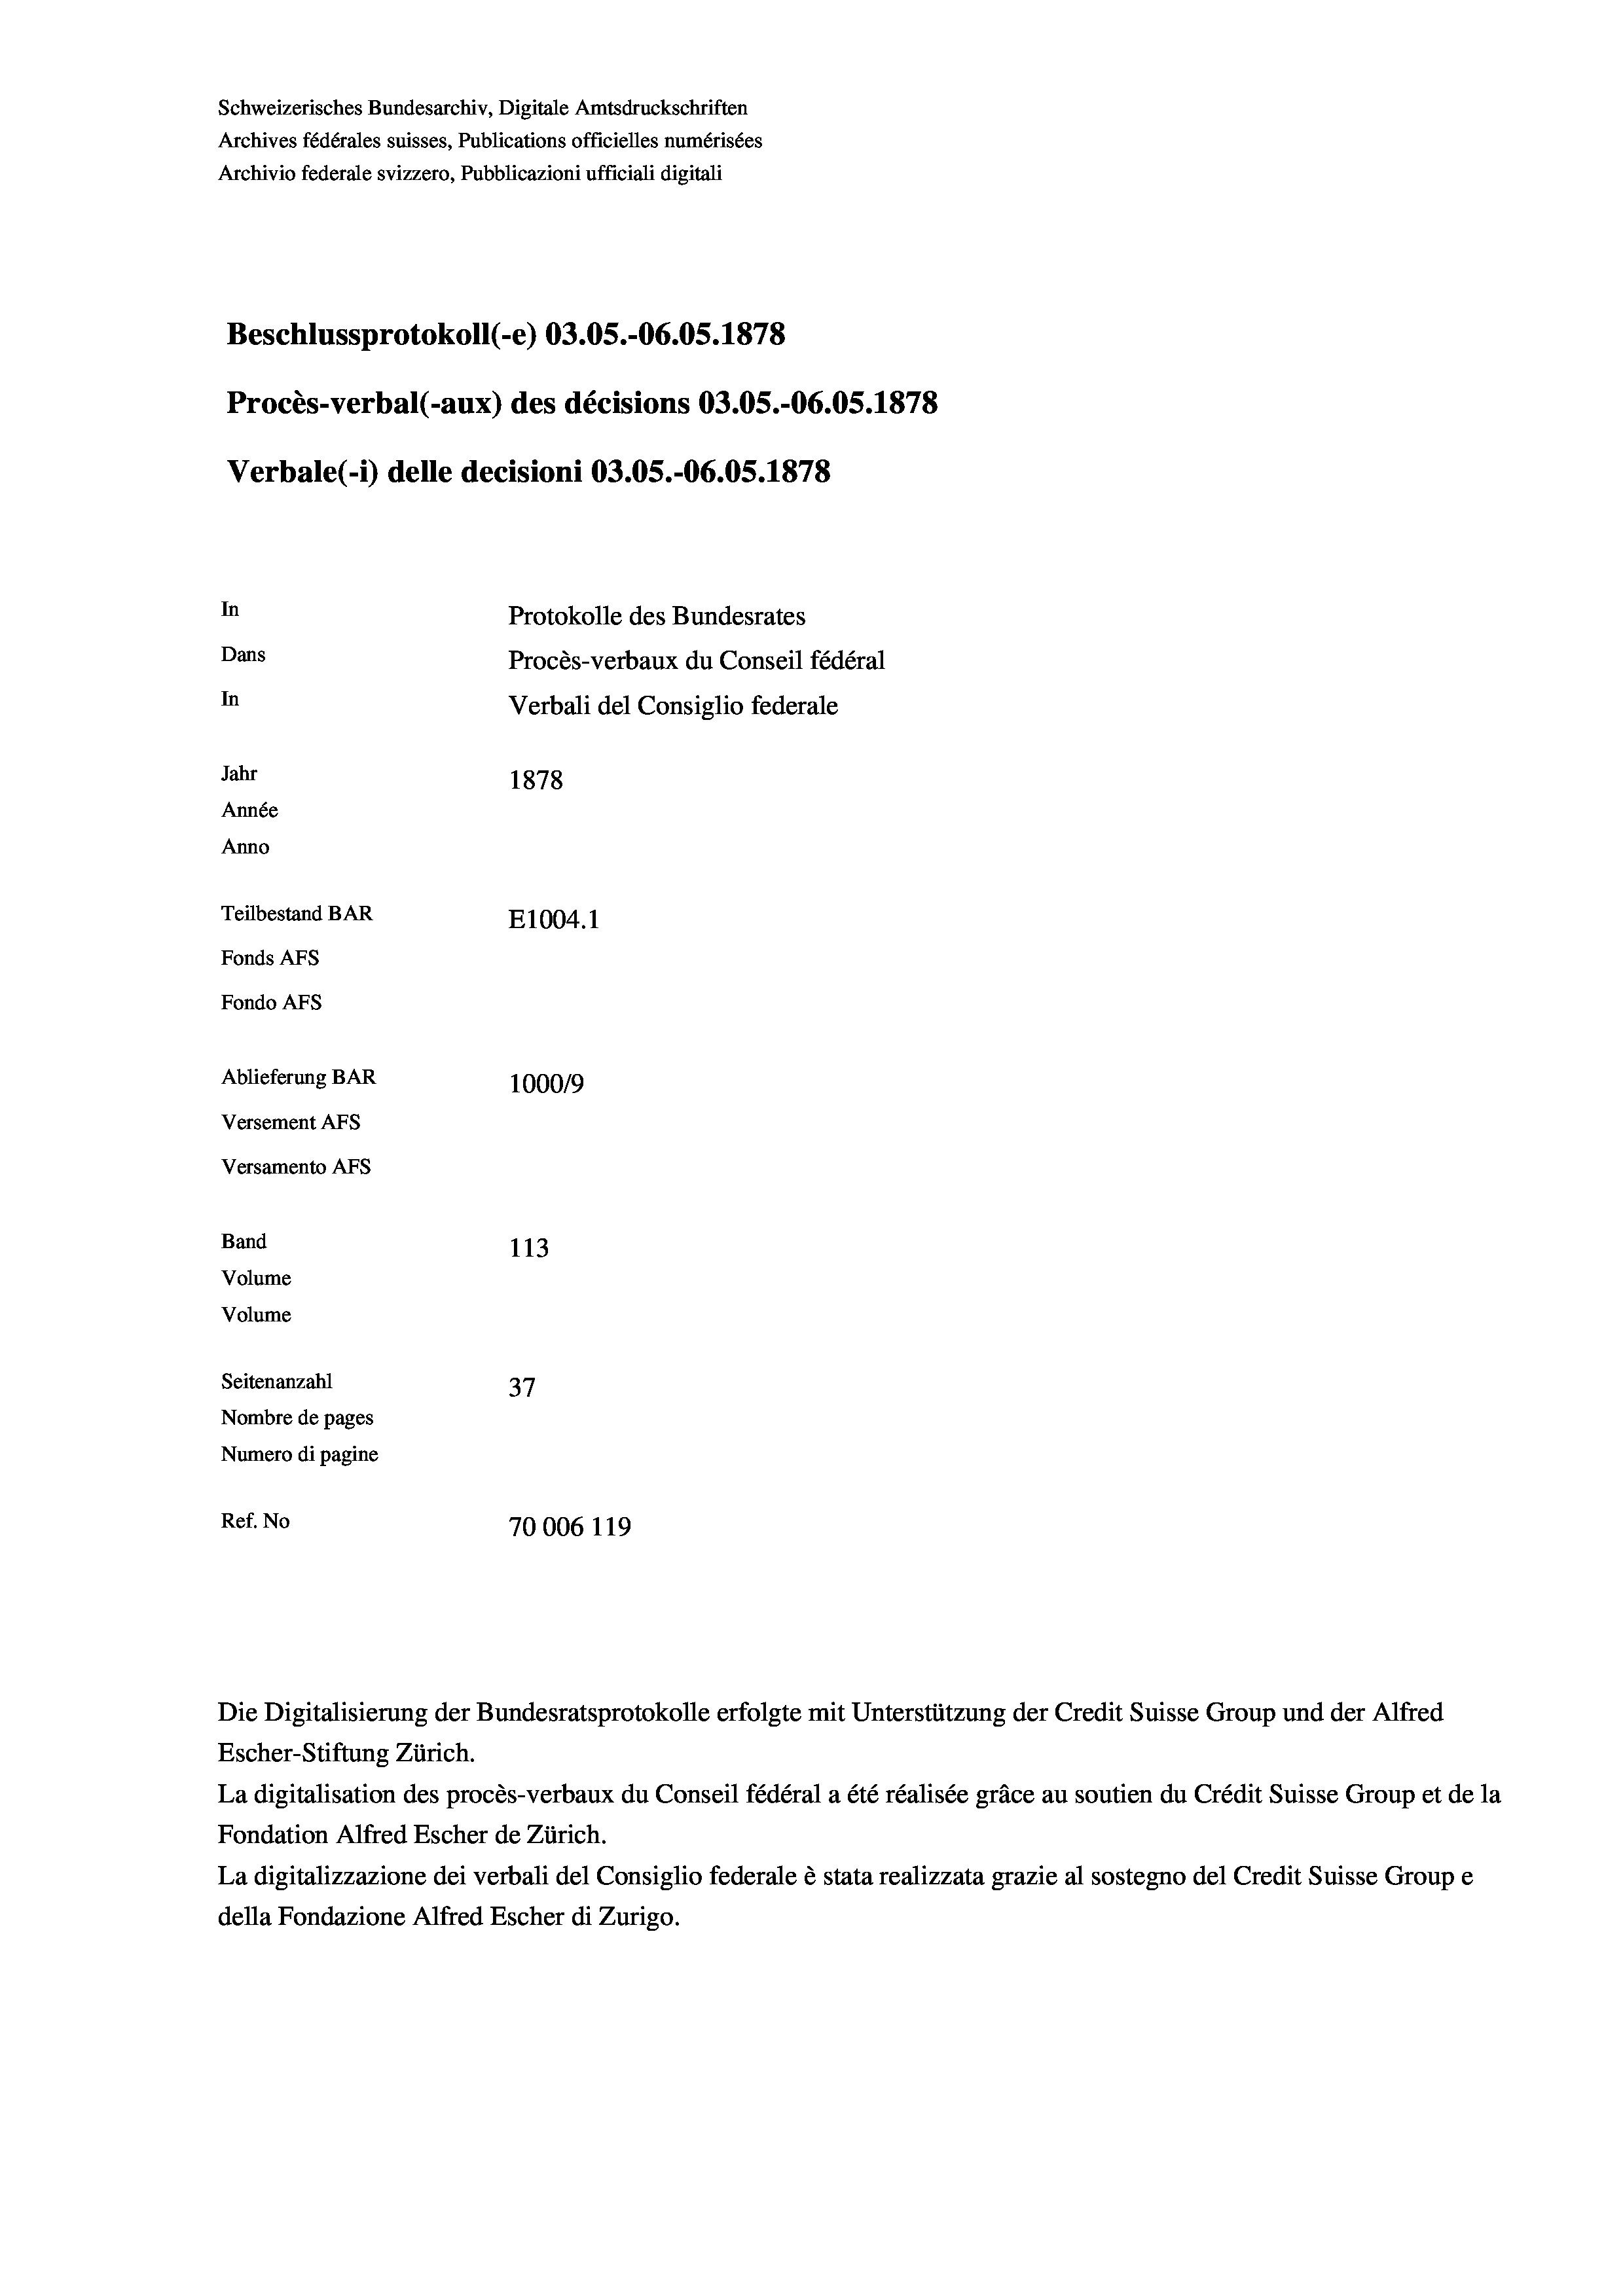
Schweizerisches Bundesarchiv, Digitale Amtsdruckschriften
Archives fédérales suisses, Publications officielles numérisées
Archivio federale svizzero, Pubblicazioni ufficiali digitali
Beschlussprotokoll (-e) 03.05.-O6.05. 1878
Procès-verbal (-aux) des décisions 03.05.-O6.OS. 1878
Verbale (- 1) delle decisioni O3.05.-06.05. 1878
In
Protokolle des Bundesrates
Dans
Procès-verbaux du Conseil fédéral
In
Verbali del Consiglio federale
Jahr
1878
Année
Anno
Teilbestand BAR
E1004. 1
Fonds AFs
Fondo Afs
Ablieferung BAR
100019
Versement AFs
Versamento AFs
Band
113
Volume
Volume
Seitenanzahl
37
Nombre de pages
Numero di pagine
Ref. No
70006 119

Escher-Stiftung Zürich.
La digitalisation des procès-verbaux du Conseil fédéral a été réalisée gräce au soutien du Crédit Suisse Group et de la
Fondation Alfred Escher de Zürich.
La digitalizzazione dei verbali del Consiglio federale è stata realizzata grazie al sostegno del Credit Suisse Groupe
della Fondazione Alfred Escher di Zurigo.

Die Digitalisierung der Bundesratsprotokolle erfolgte mit Unterstützung der Credit Suisse Group und der Alfred